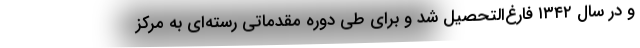
و در سال ۱۳۴۲ فارغ‌التحصیل شد و برای طی دوره‌ مقدماتی رسته‌ای به مرکز